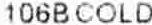
106B COLD